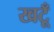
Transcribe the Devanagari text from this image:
खटूँ